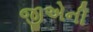
જીએની